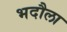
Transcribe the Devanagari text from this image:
भदौला